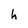
Character: h